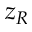
z _ { R }